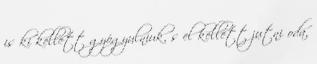
is ki kellett gyógyulniuk, s el kellett jutni oda,